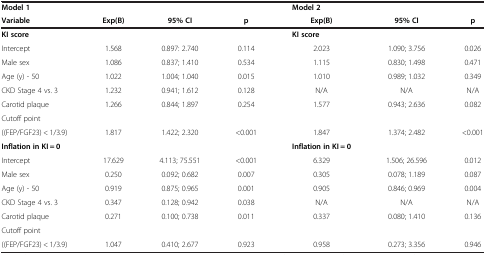
<table><thead><tr><td><b>Model 1</b></td><td><b> </b></td><td><b> </b></td><td><b> </b></td><td><b>Model 2</b></td><td><b> </b></td><td><b> </b></td></tr><tr><td><b>Variable</b></td><td><b>Exp(B)</b></td><td><b>95% CI</b></td><td><b>p</b></td><td><b>Exp(B)</b></td><td><b>95% CI</b></td><td><b>p</b></td></tr></thead><tbody><tr><td><b>KI score</b></td><td> </td><td> </td><td> </td><td><b>KI score</b></td><td> </td><td> </td></tr><tr><td>Intercept</td><td>1.568</td><td>0.897: 2.740</td><td>0.114</td><td>2.023</td><td>1.090; 3.756</td><td>0.026</td></tr><tr><td>Male sex</td><td>1.086</td><td>0.837; 1.410</td><td>0.534</td><td>1.115</td><td>0.830; 1.498</td><td>0.471</td></tr><tr><td>Age (y) - 50</td><td>1.022</td><td>1.004; 1.040</td><td>0.015</td><td>1.010</td><td>0.989; 1.032</td><td>0.349</td></tr><tr><td>CKD Stage 4 vs. 3</td><td>1.232</td><td>0.941; 1.612</td><td>0.128</td><td>N/A</td><td>N/A</td><td>N/A</td></tr><tr><td>Carotid plaque</td><td>1.266</td><td>0.844; 1.897</td><td>0.254</td><td>1.577</td><td>0.943; 2.636</td><td>0.082</td></tr><tr><td>Cutoff point</td><td> </td><td> </td><td> </td><td> </td><td> </td><td> </td></tr><tr><td>((FEP/FGF23) &lt; 1/3.9)</td><td>1.817</td><td>1.422; 2.320</td><td>&lt;0.001</td><td>1.847</td><td>1.374; 2.482</td><td>&lt;0.001</td></tr><tr><td><b>Inflation in KI = 0</b></td><td> </td><td> </td><td> </td><td><b>Inflation in KI = 0</b></td><td> </td><td> </td></tr><tr><td>Intercept</td><td>17.629</td><td>4.113; 75.551</td><td>&lt;0.001</td><td>6.329</td><td>1.506; 26.596</td><td>0.012</td></tr><tr><td>Male sex</td><td>0.250</td><td>0.092; 0.682</td><td>0.007</td><td>0.305</td><td>0.078; 1.189</td><td>0.087</td></tr><tr><td>Age (y) - 50</td><td>0.919</td><td>0.875; 0.965</td><td>0.001</td><td>0.905</td><td>0.846; 0.969</td><td>0.004</td></tr><tr><td>CKD Stage 4 vs. 3</td><td>0.347</td><td>0.128; 0.942</td><td>0.038</td><td>N/A</td><td>N/A</td><td>N/A</td></tr><tr><td>Carotid plaque</td><td>0.271</td><td>0.100; 0.738</td><td>0.011</td><td>0.337</td><td>0.080; 1.410</td><td>0.136</td></tr><tr><td>Cutoff point</td><td> </td><td> </td><td> </td><td> </td><td> </td><td> </td></tr><tr><td>((FEP/FGF23) &lt; 1/3.9)</td><td>1.047</td><td>0.410; 2.677</td><td>0.923</td><td>0.958</td><td>0.273; 3.356</td><td>0.946</td></tr></tbody></table>